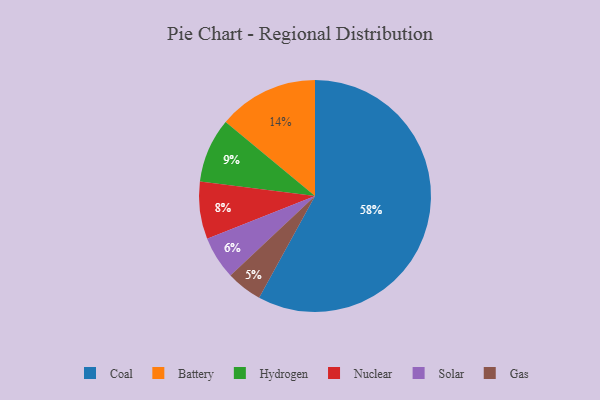
{"axis": {"x": "Category", "y": "Percentage"}, "legend": ["Battery", "Coal", "Gas", "Hydrogen", "Nuclear", "Solar"], "data": [{"x": "Nuclear", "y": 8, "type": "Nuclear"}, {"x": "Coal", "y": 58, "type": "Coal"}, {"x": "Solar", "y": 6, "type": "Solar"}, {"x": "Battery", "y": 14, "type": "Battery"}, {"x": "Gas", "y": 5, "type": "Gas"}, {"x": "Hydrogen", "y": 9, "type": "Hydrogen"}]}